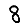
Digit: 8